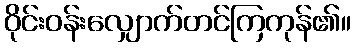
ဝိုင်းဝန်းလျှောက်တင်ကြကုန်၏။